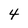
Character: 4